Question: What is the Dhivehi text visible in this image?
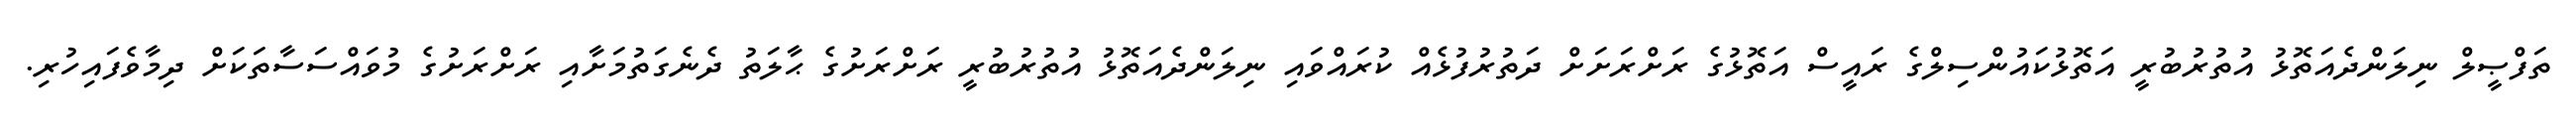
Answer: ތަފްޞީލް ނިލަންދެއަތޮޅު އުތުރުބުރީ އަތޮޅުކައުންސިލްގެ ރައީސް އަތޮޅުގެ ރަށްރަށަށް ދަތުރުފުޅެއް ކުރައްވައި ނިލަންދެއަތޮޅު އުތުރުބުރީ ރަށްރަށުގެ ޙާލަތު ދެނެގަތުމަށާއި ރަށްރަށުގެ މުވައްސަސާތަކަށް ދިމާވެފައިހުރި.